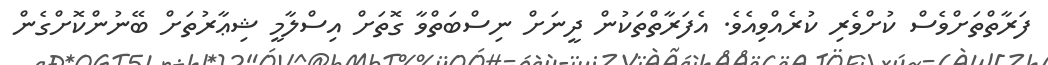
ފަރާތްތަށްވެސް ކުށްވެރި ކުރެއްވިއެވެ. އެފަރާތްތަކުން ދީނަށް ނިސްބަތްވާ ގޮތަށް އިސްލާމީ ޝިޢާރުތަށް ބޭނުންކޮށްގެން